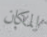
المكان